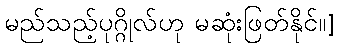
မည်သည့်ပုဂ္ဂိုလ်ဟု မဆုံးဖြတ်နိုင်။]